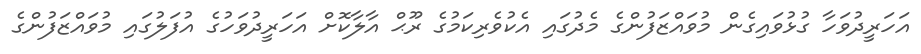
އަހަރީދުވަހާ ގުޅުވައިގެން މުވައްޒަފުންގެ މެދުގައި އެކުވެރިކަމުގެ ރޫޙް އާލާކޮށް އަހަރީދުވަހުގެ އުފަލުގައި މުވައްޒަފުންގެ